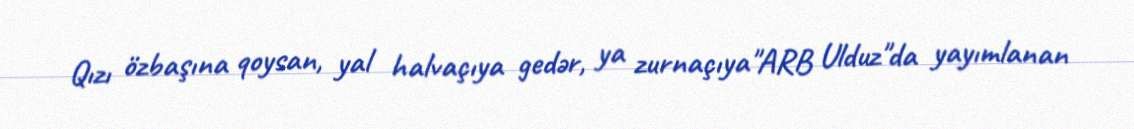
Qızı özbaşına qoysan, yal halvaçıya gedər, ya zurnaçıya"ARB Ulduz"da yayımlanan